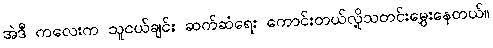
အဲဒီ ကလေးက သူငယ်ချင်း ဆက်ဆံရေး ကောင်းတယ်လို့သတင်းမွှေးနေတယ်။